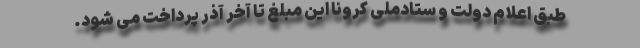
طبق اعلام دولت و ستادملی کرونا این مبلغ تا آخر آذر پرداخت می شود.